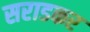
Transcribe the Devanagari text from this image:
सराडकर